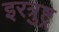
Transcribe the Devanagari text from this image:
इरत्रुष्ट्र